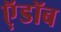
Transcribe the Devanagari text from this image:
ऍ़डॉब